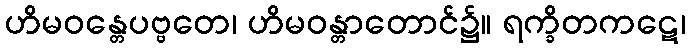
ဟိမဝန္တေပဗ္ဗတေ၊ ဟိမဝန္တာတောင်၌။ ရက္ခိတကဋေ၊